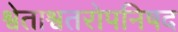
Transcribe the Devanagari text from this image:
श्वेताश्वतरोपनिषद